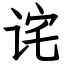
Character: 诧